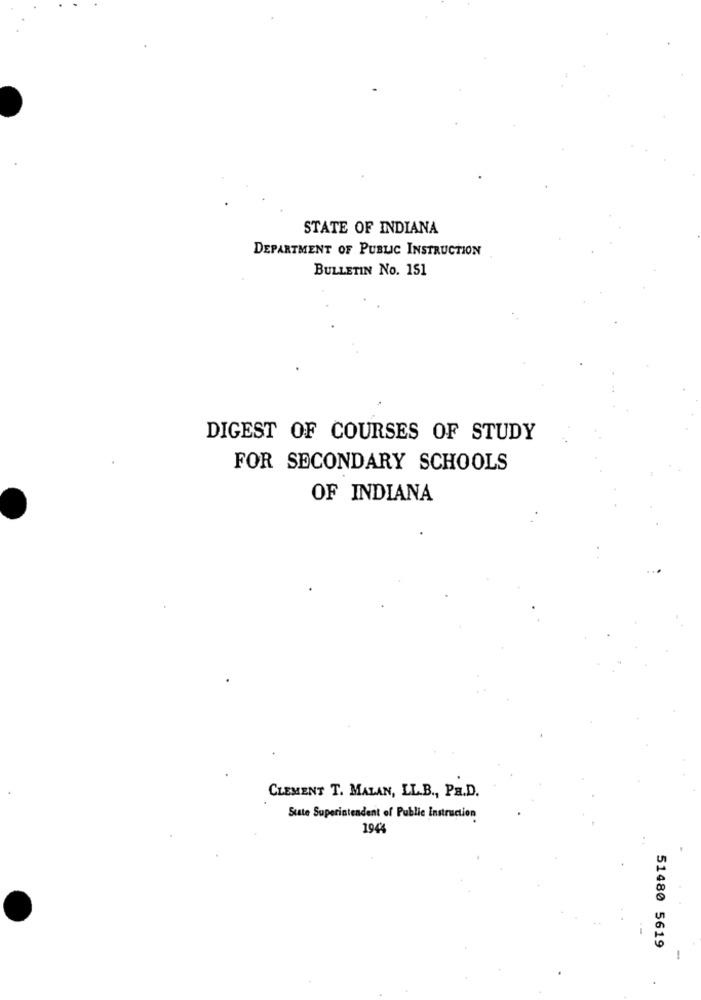
STATE OF INDIANA
DEPARTMENT OF PUBLIC INSTRUCTION
BULLETIN No. 151
DIGEST OF COURSES OF STUDY
FOR SECONDARY SCHOOLS
OF INDIANA
CLEMENT T. MALAN, LL.B ., Pa.D.
State Superintendent of Public Instruction
1944
51480 5619
-